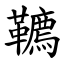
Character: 韀